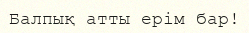
Балпық атты ерім бар!